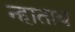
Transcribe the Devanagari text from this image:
न्हाताय